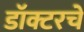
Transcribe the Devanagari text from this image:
डॉक्टरचे